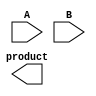
module wallace_tree_multiplier #(parameter n = 4) (
    input [n-1:0] A,
    input [n-1:0] B,
    output reg [2*n-1:0] product
);

    // Partial product generation
    wire [n-1:0] pp [0:n-1]; // Partial products
    genvar i, j;
    generate
        for (i = 0; i < n; i = i + 1) begin : pp_gen
            assign pp[i] = A & {n{B[i]}}; // AND operation to generate partial products
        end
    endgenerate

    // Reduction tree
    wire [n-1:0] sum [0:n-1]; // Sums at each level
    wire [n-1:0] carry [0:n-1]; // Carries at each level

    // Level 1: Combine partial products using half adders and full adders
    generate
        for (i = 0; i < n-1; i = i + 1) begin : level1
            if (i < n-1) begin
                // Half adder for the first two bits
                assign {carry[0][i], sum[0][i]} = pp[i][0] + pp[i+1][0];
                // Full adders for the rest
                assign {carry[0][i+1], sum[0][i+1]} = pp[i][1] + pp[i+1][1] + carry[0][i];
            end
        end
    endgenerate

    // Further levels of reduction
    genvar level;
    for (level = 1; level < n-1; level = level + 1) begin : reduction_levels
        for (i = 0; i < n - level - 1; i = i + 1) begin : level_reduction
            assign {carry[level][i], sum[level][i]} = sum[level-1][i] + sum[level-1][i+1] + carry[level-1][i];
        end
    end

    // Final addition of the last two rows
    wire [2*n-1:0] final_sum;
    wire [2*n-1:0] final_carry;

    assign {final_carry[0], final_sum[0]} = {1'b0, sum[n-2][0]} + {1'b0, sum[n-2][1]} + {1'b0, carry[n-2][0]};
    generate
        for (i = 1; i < n; i = i + 1) begin : final_addition
            assign {final_carry[i], final_sum[i]} = {1'b0, sum[n-2][i]} + {1'b0, sum[n-2][i+1]} + {1'b0, final_carry[i-1]};
        end
    endgenerate

    // Assign final product
    always @(*) begin
        product = final_sum + (final_carry << 1); // Shift carry to the left
    end

endmodule